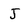
Character: J